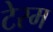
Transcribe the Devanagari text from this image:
टेस्म